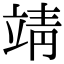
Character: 靖